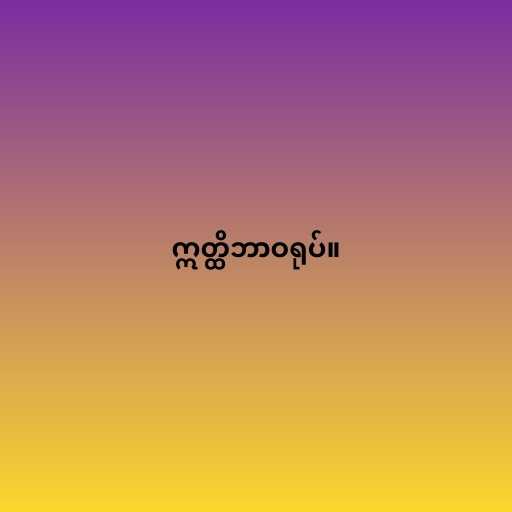
ဣတ္ထိဘာဝရုပ်။